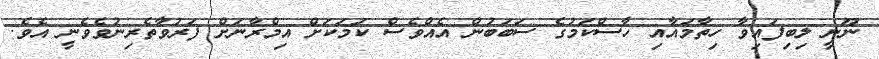
ނޫނީ ލިބިފައިވާ ހިތާމައާއި ހާސްކަމުގެ ސަބަބުން އެއްވެސް ކަމަކަށް އިމްރާނަށް ފަރުވާތެރިނުވެވެނީ އެވެ.